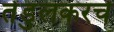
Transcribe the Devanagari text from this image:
तेंडुलकरचे